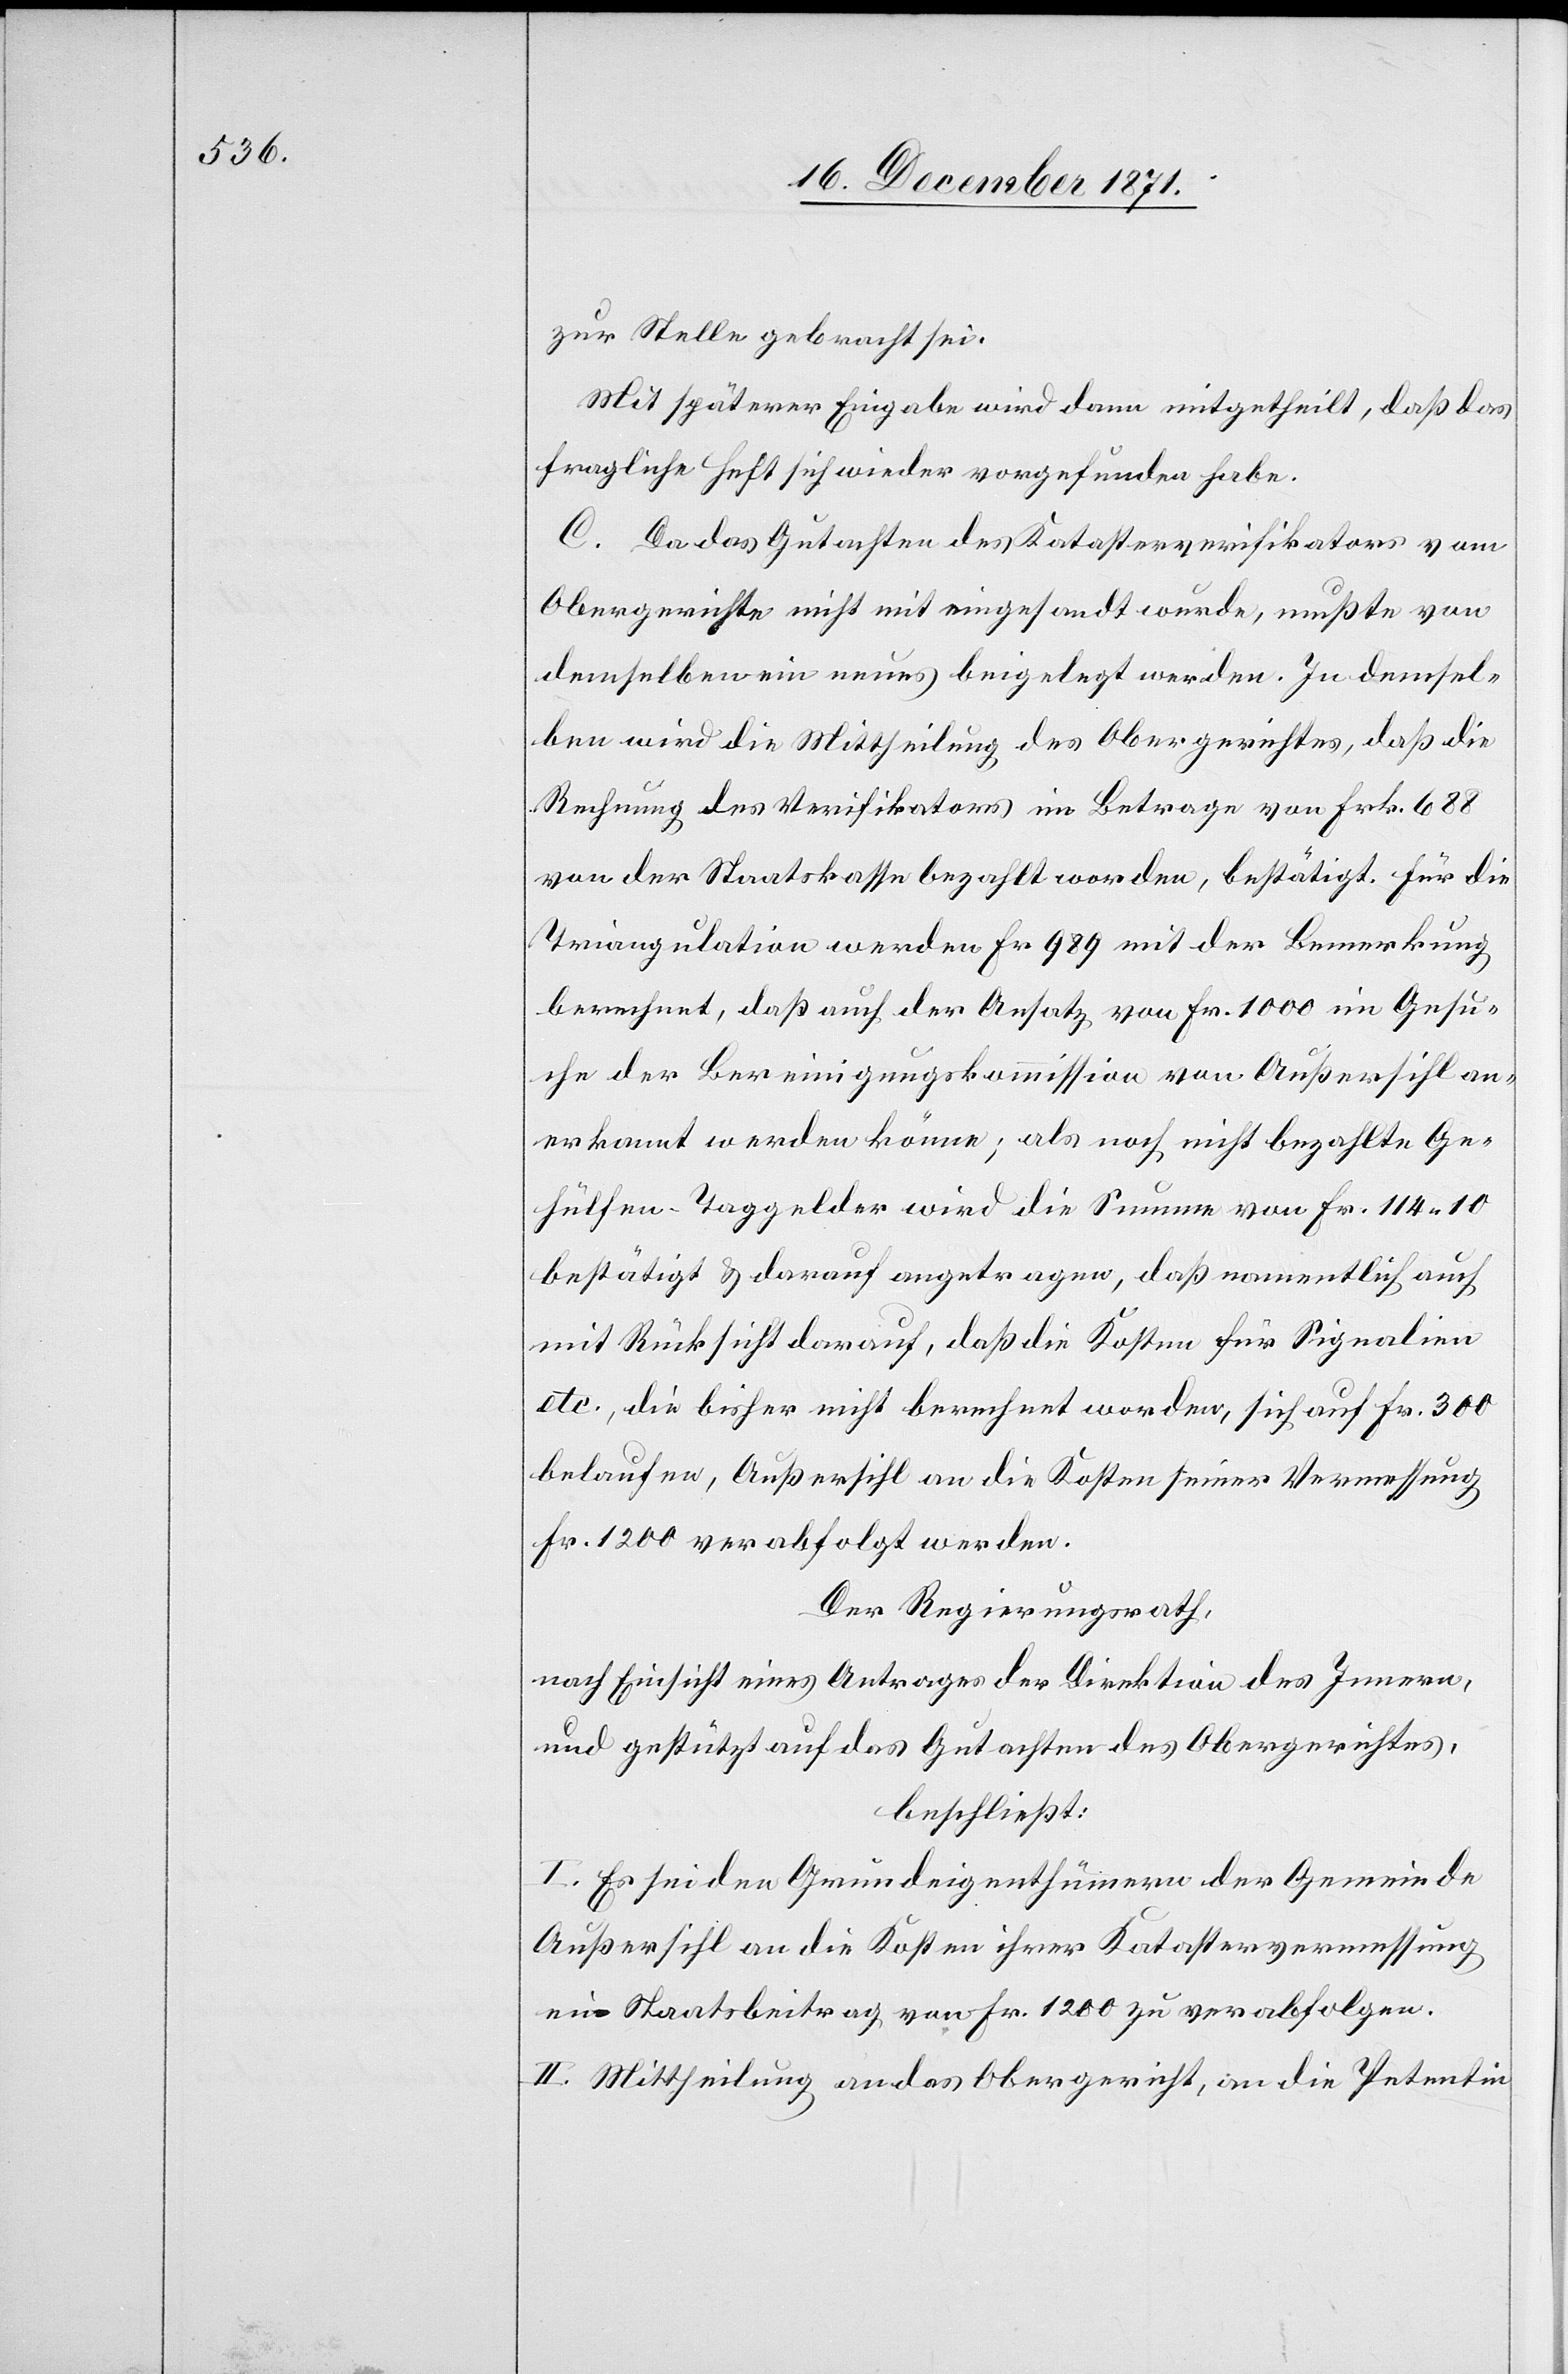
zur Stelle gebracht sei.
Mit späterer Eingabe wird dann mitgetheilt, daß [man]
fragliche Heft wieder vorgefunden habe.
C. Da das Gutachten des Katasterverifikators vom
Obergerichte nicht mit eingesandt wurde, mußte von
demselben ein neues beigelegt werden. In demsel¬
ben wird die Mittheilung des Obergerichtes, daß die
Rechnung des Verifikators im Betrage von Frk. 688
von der Staatskasse bezahlt worden, bestätigt. Für die
Triangulation werden Fr. 989 mit der Bemerkung
berechnet, daß auch der Ansatz von Fr. 1000 im Gesu¬
che der Bereinigungskommission von Außersihl an¬
erkannt werden könne; als noch nicht bezahlte Ge¬
hülfen-Taggelder wird die Summe von Fr. 114.10
bestätigt & darauf angetragen, daß namentlich auch
mit Rücksicht darauf, daß die Kosten für Signalien
etc., die bisher nicht berechnet worden, sich auf Fr. 300
belaufen, Außersihl an die Kosten seiner Vermessung
Fr. 1200 verabfolgt werden.
Der Regierungsrath,
nach Einsicht eines Antrages der Direktion des Innern,
und gestützt auf das Gutachten des Obergerichtes,
beschließt:
I. Es sei den Grundeigenthümern der Gemeinde
Außersihl an die Kosten ihrer Katastervermessung
ein Staatsbeitrag von Fr. 1200 zu verabfolgen.
II. Mittheilung an das Obergericht, an die Petentin